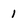
Character: 1